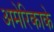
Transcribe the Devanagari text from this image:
अमेरिकाके